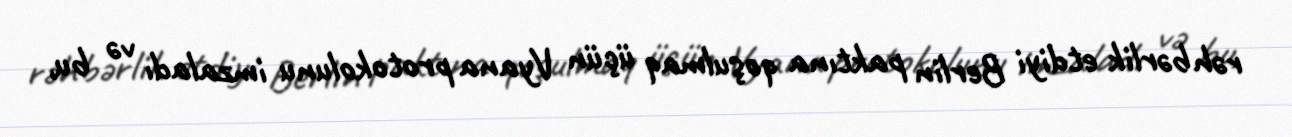
rəhbərlik etdiyi Berlin paktına qoşulmaq üçün Vyana protokolunu imzaladı və bu,